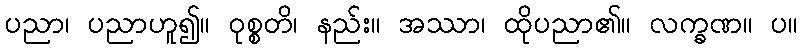
ပညာ၊ ပညာဟူ၍။ ဝုစ္စတိ၊ နည်း။ အဿာ၊ ထိုပညာ၏။ လက္ခဏ။ ပ။